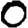
Digit: 0